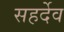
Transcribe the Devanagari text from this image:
सहर्देव